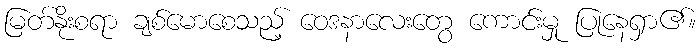
မြတ်နိုးစရာ ချစ်မောစေသည့် ဝေဒနာလေးတွေ ကောင်းမှု ပြုနေရှာ၏။